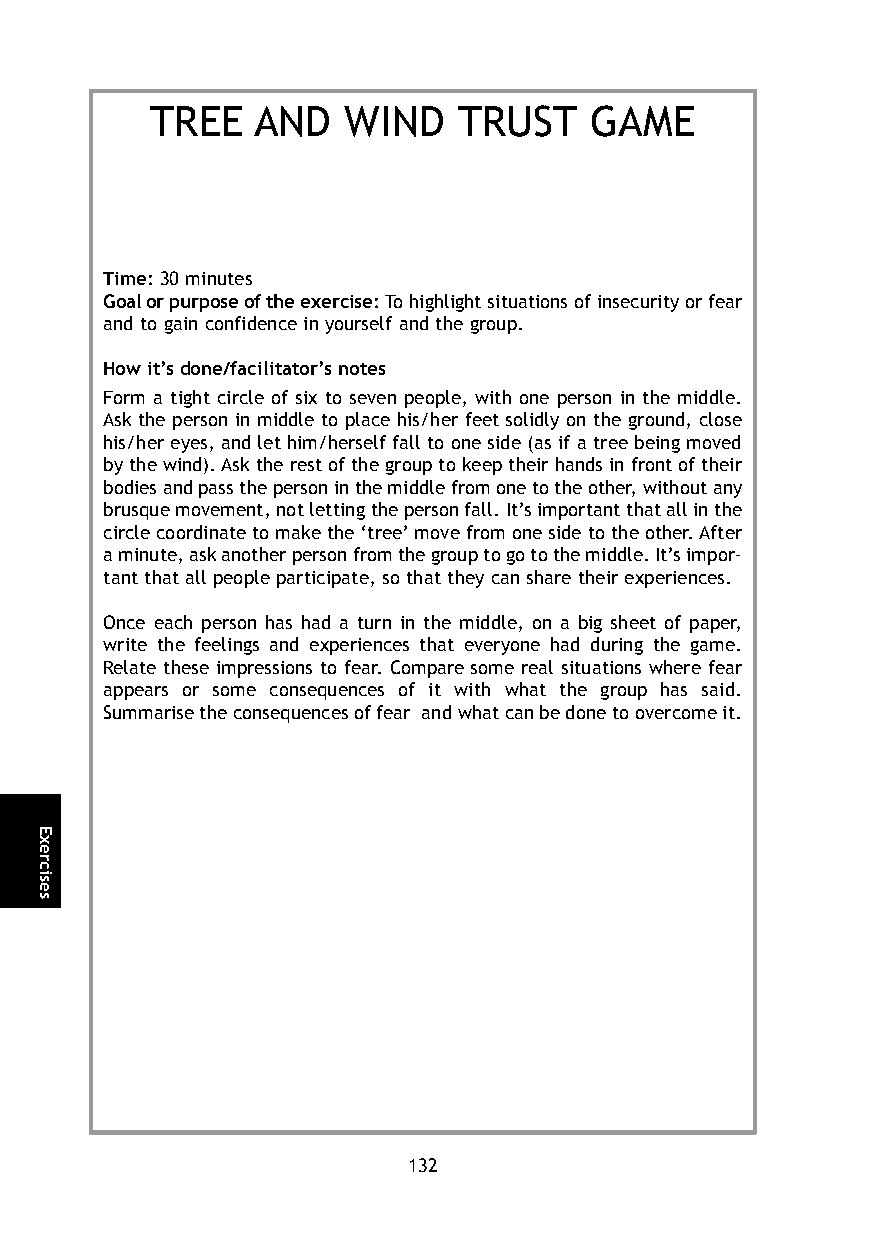
TREE   AND   WIND   TRUST    GAME
 Time:30 minutes
 Goal or purpose of the exercise:To highlight situations of insecurity or fear
 and to gain confidence in yourself and the group.
 How it’s done/facilitator’s notes
 Form a tight circle of six to seven people, with one person in the middle.
 Ask the person in middle to place his/her feet solidly on the ground, close
 his/her eyes, and let him/herself fall to one side (as if a tree being moved
 by the wind). Ask the rest of the group to keep their hands in front of their
 bodies and pass the person in the middle from one to the other, without any
 brusque movement, not letting the person fall. It’s important that all in the
 circle coordinate to make the ‘tree’move from one side to the other. After
 a minute, ask another person from the group to go to the middle. It’s impor-
 tant that all people participate, so that they can share their experiences.
 Once each person has had a turn in the middle, on a big sheet of paper,
 write the feelings and experiences that everyone had during the game.
 Relate these impressions to fear. Compare some real situations where fear
 appears or some consequences of it with what the group has said.
 Summarise the consequences of fear and what can be done to overcome it.
 132
 Exercises